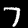
Label: 7